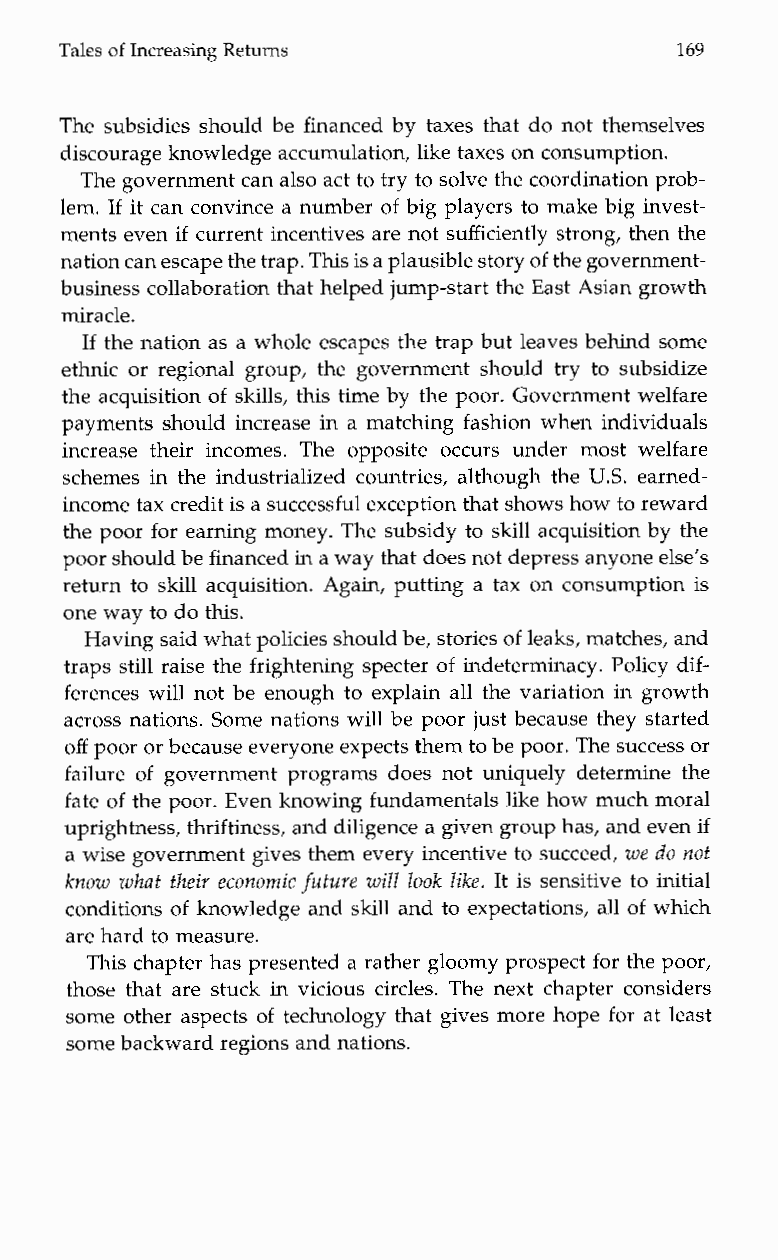
RetTuarnless of Increasing                 169
 The subsidies should be financed by taxes that do not themselves
 discourage knowledge accumulation,l ike taxes on consumption.
 The government can alsoa ct to try to solve the coordination prob-
 lem. If it can convince a number of big players to make big invest-
 ments even if current incentives are not sufficiently strong, then the
 nation can escape the trTahpi.s is a plausible stoorfy the government-
 business collaboration that helped jump-start the East Asian growth
 miracle.
 If the nation as a whole escapes the trap but leaves behind some
 ethnic or regional group, the government should try to subsidize
 the acquisition of skills, this time by the poor. Government welfare
 payments should increase in a matching fashion when individuals
 increase their incomes. The opposite occurs underm ostw elfare
 schemes in the industrialized countries, although the U.S. earned-
 income tax credit is as uccessful exception that shows how to reward
 the poor for earning money. The subsidy to skill acquisition by the
 poor should bef inanced in a way that does not depress anyoelnsee’ s
 return to skill acquisition. Again, putting a tax on consumption is
 one way to do this.
 Having said whatp olicies should be, stories of leaks, matches, and
 traps still raise the frightening specter of indeterminacy. Policy dif-
 ferences will not be enough to explain all the variation in growth
 across nations. Some nations will be poor just because they started
 off poor or because everyonee xpects them to be poorT. he success or
 failure of government programs does not uniquely determine the
 fate of the poor. Even knowing fundamentals like how much moral
 uprightness, thriftiness, and diligence a given group has, and even if
 a wise government gives them every incentive to succeed, we do not
 know what their economic future will look like. It is sensitive to initial
 conditions of knowledge and skill and to expectations, all of which
 are hard tom easure.
 This chapter has presented a rather gloomy prospect for the poor,
 those that are stuck in vicious circles. The next chapter considers
 some other aspects of technology that gives more hope for at least
 some backward regions and nations.